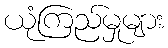
ယုံကြည်မှုများ